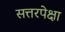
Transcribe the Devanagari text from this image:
सत्तरपेक्षा